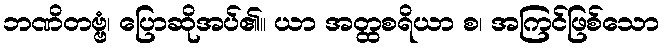
ဘဏိတဗ္ဗံ၊ ပြောဆိုအပ်၏။ ယာ အတ္ထစရိယာ စ၊ အကြင်ဖြစ်သော